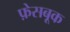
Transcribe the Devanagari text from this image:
फ़ेसबूक